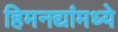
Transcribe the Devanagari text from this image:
हिमनद्यांमध्ये